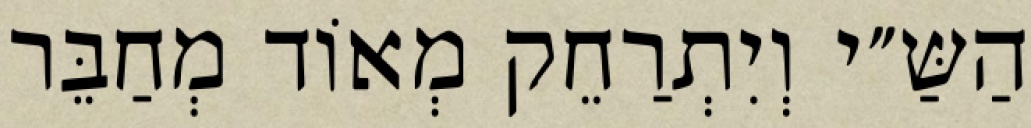
הַשַּ״י וְיִתְרַחֵק מְאוֹד מְחַבֵּר